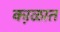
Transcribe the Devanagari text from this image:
का़ळात